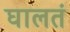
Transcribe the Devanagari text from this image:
घालतं